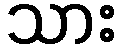
သား